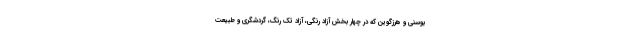
بوسنی و هرزگوین که در چهار بخش آزاد رنگی، آزاد تک رنگ، گردشگری و طبیعت